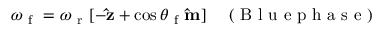
\begin{array} { r } { \boldsymbol { \omega } _ { \mathrm { ~ f ~ } } = \omega _ { \mathrm { ~ r ~ } } [ - \mathbf { \hat { z } } + \cos \theta _ { \mathrm { ~ f ~ } } \mathbf { \hat { m } } ] \quad \mathrm { ~ ( ~ B ~ l ~ u ~ e ~ p ~ h ~ a ~ s ~ e ~ ) ~ } } \end{array}